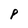
Character: P